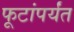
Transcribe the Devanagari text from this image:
फूटांपर्यंत